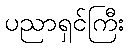
ပညာရှင်ကြီး